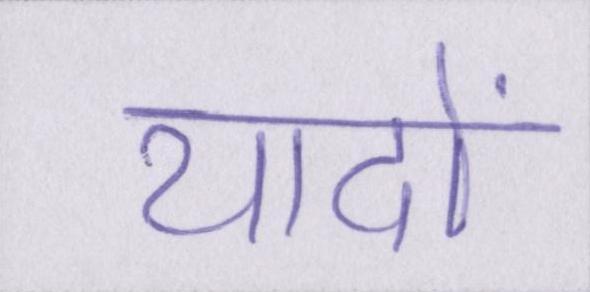
यादों